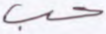
حب